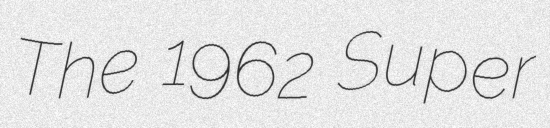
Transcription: The 1962 Super